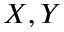
X , Y